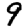
Digit: 9